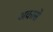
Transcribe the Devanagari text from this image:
अकासे